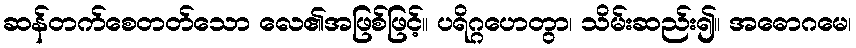
ဆန်တက်စေတတ်သော လေ၏အဖြစ်ဖြင့်။ ပရိဂ္ဂဟေတွာ၊ သိမ်းဆည်း၍။ အဓောဂမေ၊